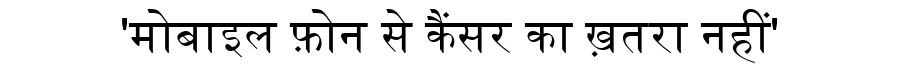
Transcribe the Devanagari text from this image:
'मोबाइल फ़ोन से कैंसर का ख़तरा नहीं'